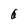
Character: 6